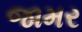
જામર